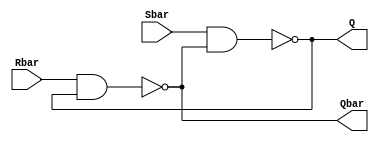
module SR_latch_sar(Q, Qbar, Sbar, Rbar);
output Q, Qbar;
input Sbar, Rbar;
    nand n1(Q, Sbar, Qbar);
    nand n2(Qbar, Rbar, Q);
endmodule